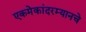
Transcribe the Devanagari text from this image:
एकमेकांदरम्यानचे